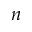
\boldsymbol { n }